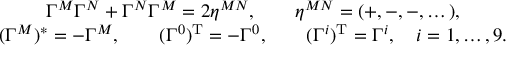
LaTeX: \begin{array} { c } { { \Gamma ^ { M } \Gamma ^ { N } + \Gamma ^ { N } \Gamma ^ { M } = 2 \eta ^ { M N } , \qquad \eta ^ { M N } = ( + , - , - , \dots ) , } } \\ { { ( \Gamma ^ { M } ) ^ { * } = - \Gamma ^ { M } , \qquad ( \Gamma ^ { 0 } ) ^ { \mathrm { T } } = - \Gamma ^ { 0 } , \qquad ( \Gamma ^ { i } ) ^ { \mathrm { T } } = \Gamma ^ { i } , \quad i = 1 , \dots , 9 . } } \end{array}